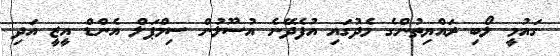
ގައުމީ ލޯބި ރައްޔިތުންގެ މެދުގައި އުފެދޭނެ އުސޫލުން ސިމްޕަލް އެންޑް އީޒީ އަދި